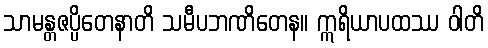
သာမန္တဇပ္ပိတေနာတိ သမီပဘဏိတေန။ ဣရိယာပထဿ ဝါတိ